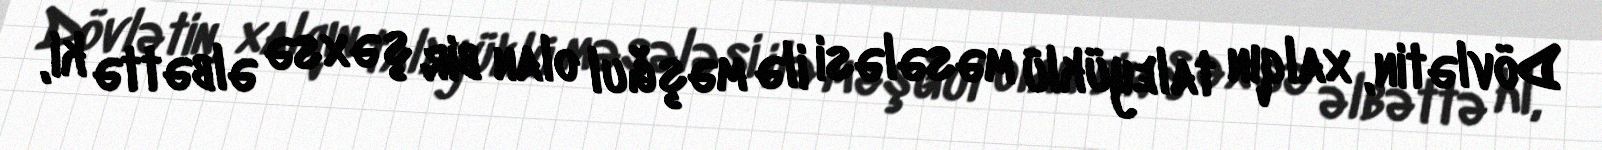
Dövlətin, xalqın taleyüklü məsələsi ilə məşğul olan bir şəxsə əlbəttə ki,